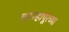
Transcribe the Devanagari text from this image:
कान्हापूरच्या